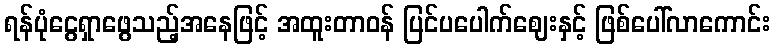
ရန်ပုံငွေရှာဖွေသည့်အနေဖြင့် အထူးတာဝန် ပြင်ပပေါက်ဈေးနှင့် ဖြစ်ပေါ်လာကောင်း